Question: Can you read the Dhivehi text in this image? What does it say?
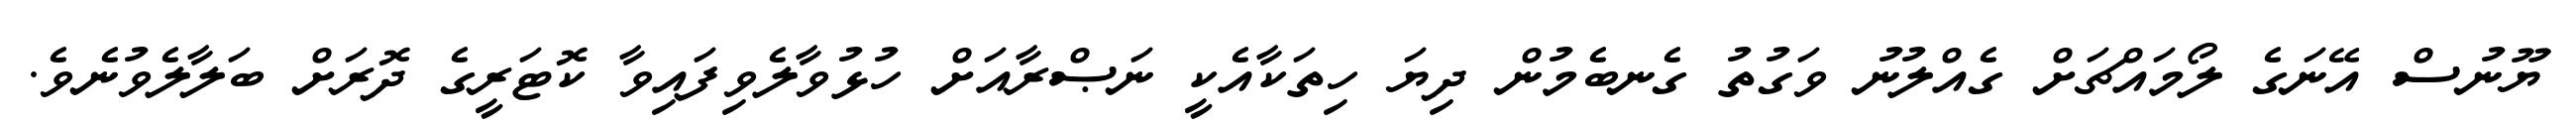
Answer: ޔޫނުސް އޭނަގެ ލޯމައްޗަށް ގެއްލުނު ވަގުތު ގެނބެމުން ދިޔަ ހިތަކާއެކީ ނަޞްރާއަށް ހުޅުވާލެވިފައިވާ ކޮޓަރީގެ ދޮރަށް ބަލާލެވުނެވެ.